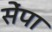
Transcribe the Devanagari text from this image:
सेंपा